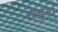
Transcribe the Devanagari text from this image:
खड़ुवा